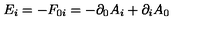
{ E _ { i } } = - F _ { 0 i } = - \partial _ { 0 } A _ { i } + \partial _ { i } A _ { 0 }